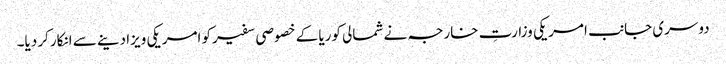
دوسری جانب امریکی وزارتِ خارجہ نے شمالی کوریا کے خصوصی سفیرکو امریکی ویزا دینے سے انکارکر دیا۔